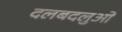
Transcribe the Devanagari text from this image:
दलबदलुओं